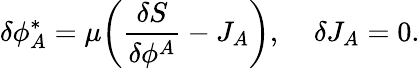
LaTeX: \delta\phi_{A}^{*}=\mu\bigg(\frac{\delta S}{\delta\phi^{A}}-J_{A}\bigg),\; \; \; \; \delta J_{A}=0.